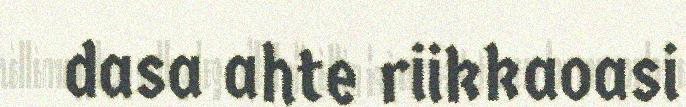
dasa ahte riikkaoasi